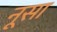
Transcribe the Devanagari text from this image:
नूसा